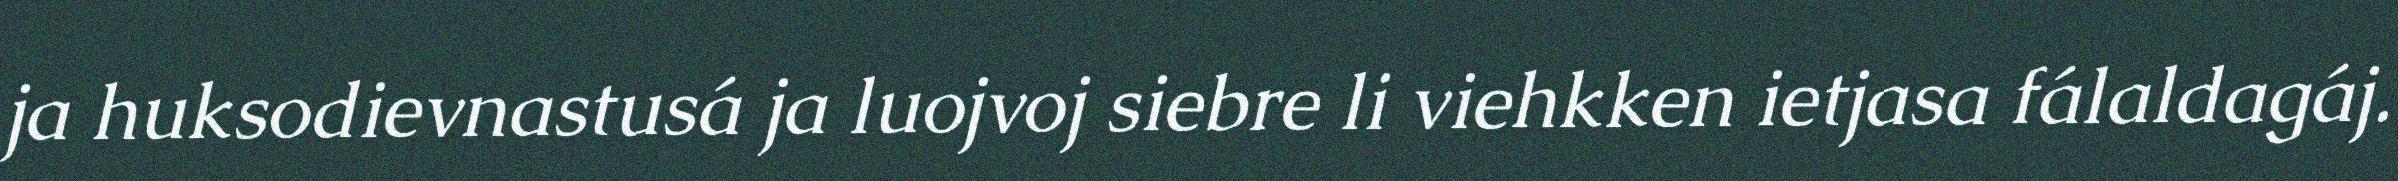
ja huksodievnastusá ja luojvoj siebre li viehkken ietjasa fálaldagáj.